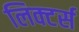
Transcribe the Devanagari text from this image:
लिक्टर्स